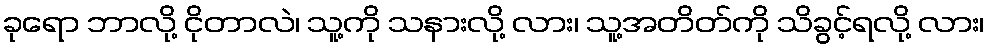
ခုရော ဘာလို့ ငိုတာလဲ၊ သူ့ကို သနားလို့ လား၊ သူ့အတိတ်ကို သိခွင့်ရလို့ လား၊